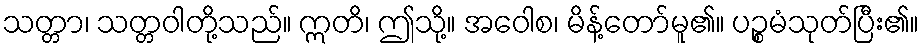
သတ္တာ၊ သတ္တဝါတို့သည်။ ဣတိ၊ ဤသို့။ အဝေါစ၊ မိန့်တော်မူ၏။ ပဉ္စမံသုတ်ပြီး၏။